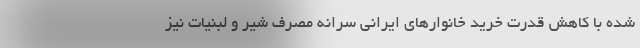
شده با کاهش قدرت خرید خانوارهای ایرانی سرانه مصرف شیر و لبنیات نیز